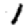
Digit: 1